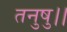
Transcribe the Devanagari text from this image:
तनुषु।।